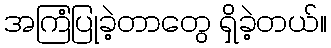
အကြံပြုခဲ့တာတွေ ရှိခဲ့တယ်။